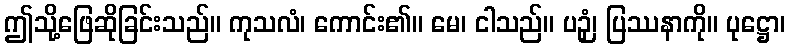
ဤသို့ဖြေဆိုခြင်းသည်။ ကုသလံ၊ ကောင်း၏။ မေ၊ ငါသည်။ ပဉှံ၊ ပြဿနာကို။ ပုဋ္ဌော၊